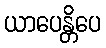
ယာပေန္တိပေ